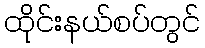
ထိုင်းနယ်စပ်တွင်